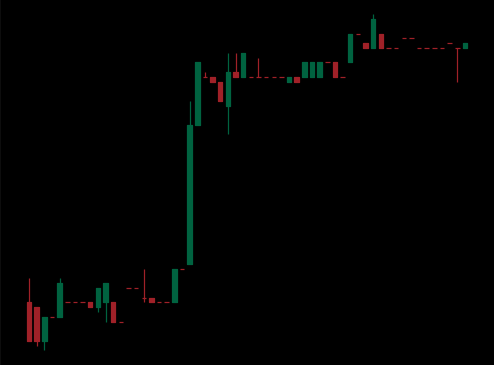
Pattern: bear_flag